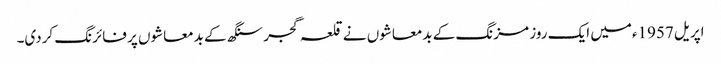
اپریل 1957ءمیں ایک روز مزنگ کے بدمعاشوں نے قلعہ گجر سنگھ کے بدمعاشوں پر فائرنگ کردی۔